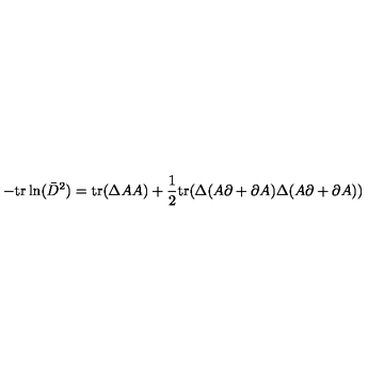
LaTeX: - \mathrm { t r } \ln ( \bar { D } ^ { 2 } ) = \mathrm { t r } ( \Delta A A ) + \frac { 1 } { 2 } \mathrm { t r } ( \Delta ( A \partial + \partial A ) \Delta ( A \partial + \partial A ) )